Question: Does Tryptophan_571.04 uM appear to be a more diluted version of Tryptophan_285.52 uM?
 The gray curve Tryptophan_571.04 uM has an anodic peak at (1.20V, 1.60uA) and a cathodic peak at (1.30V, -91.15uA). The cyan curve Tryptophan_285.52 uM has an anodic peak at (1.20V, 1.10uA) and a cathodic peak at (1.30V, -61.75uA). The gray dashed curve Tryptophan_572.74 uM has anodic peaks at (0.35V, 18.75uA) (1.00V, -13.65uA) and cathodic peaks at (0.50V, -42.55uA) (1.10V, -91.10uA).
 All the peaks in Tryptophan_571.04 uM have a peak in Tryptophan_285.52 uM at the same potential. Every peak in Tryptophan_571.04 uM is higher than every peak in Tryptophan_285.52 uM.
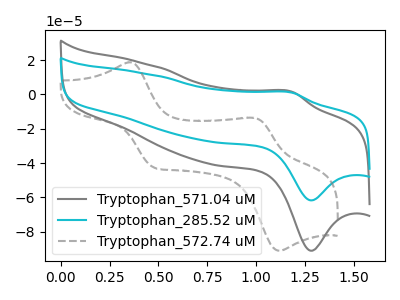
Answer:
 <answer>"Tryptophan_571.04 uM" has more signal than "Tryptophan_285.52 uM" and so likely has a higher concentration.</answer>
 <eval>more_concentration</eval>